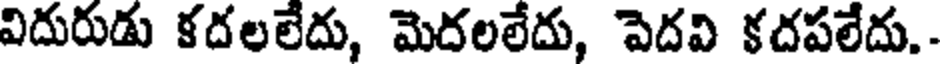
విదురుడు కదలలేదు, మెదలలేదు, పెదవి కదపలేదు.-